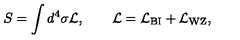
S = \int d ^ { 4 } \sigma { \cal L } , \qquad { \cal L } = { \cal L } _ { \mathrm { B I } } + { \cal L } _ { \mathrm { W Z } } ,